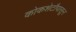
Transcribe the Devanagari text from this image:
कोकशेटौपासून